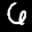
Label: 6